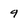
Character: 9